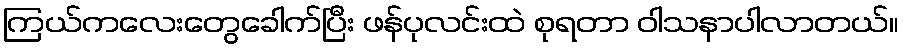
ကြယ်ကလေးတွေခေါက်ပြီး ဖန်ပုလင်းထဲ စုရတာ ဝါသနာပါလာတယ်။